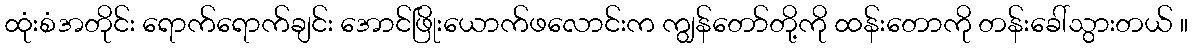
ထုံးစံအတိုင်း ရောက်ရောက်ချင်း အောင်ဖြိုးယောက်ဖလောင်းက ကျွန်တော်တို့ကို ထန်းတောကို တန်းခေါ်သွားတယ် ။